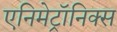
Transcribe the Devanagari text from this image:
एनिमेट्रॉनिक्स